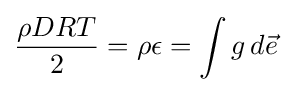
{\frac {\rho DRT}{2}}=\rho \epsilon =\int g\,d{\vec {e}}